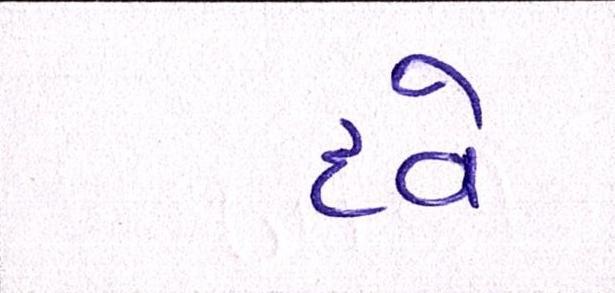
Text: દવે